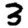
Digit: 3